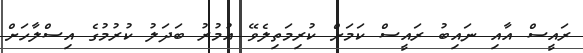
ރައީސް އާއި ނައިބު ރައީސް ކަމަށް ކުރިމަތިލެވޭ އުމުރު ބަދަލު ކުރުމުގެ އިސްލާހަށް